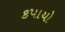
કપાયો